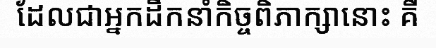
ដែលជាអ្នកដឹកនាំកិច្ចពិភាក្សានោះ គឺ